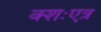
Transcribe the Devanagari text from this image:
क्शःएत्र